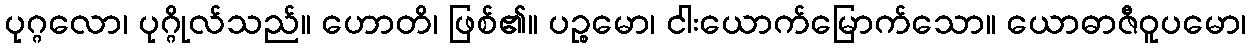
ပုဂ္ဂလော၊ ပုဂ္ဂိုလ်သည်။ ဟောတိ၊ ဖြစ်၏။ ပဉ္စမော၊ ငါးယောက်မြောက်သော။ ယောဓာဇီဝူပမော၊